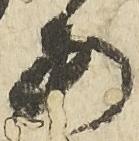
安